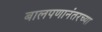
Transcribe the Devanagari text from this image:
बालपणानंतरच्या